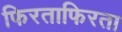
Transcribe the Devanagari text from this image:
फिरताफिरता